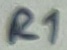
Text: R1